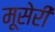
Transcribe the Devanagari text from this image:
मूसेरी